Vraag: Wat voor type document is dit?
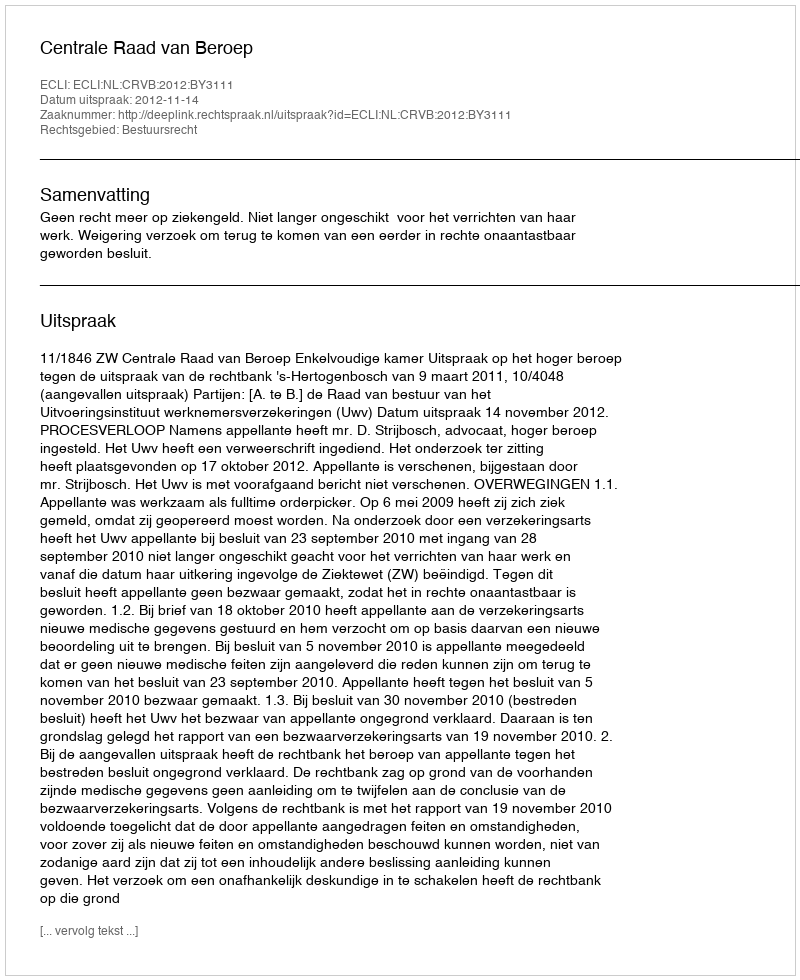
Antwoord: Uitspraak